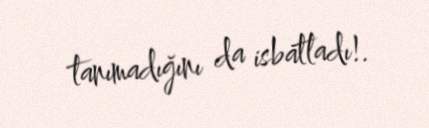
tanımadığını da isbatladı!.